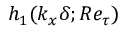
h _ { 1 } ( k _ { x } \delta ; R e _ { \tau } )